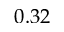
0 . 3 2